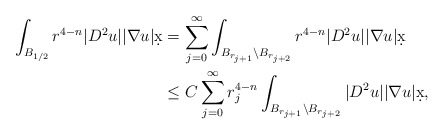
\begin{align*}\int_{B_{1/2}} r^{4-n} |D^2 u| |\nabla u| \d x &= \sum_{j = 0}^{\infty} \int_{B_{r_{j+1}} \setminus B_{r_{j+2}}} r^{4-n} |D^2 u| |\nabla u| \d x\\& \leq C \sum_{j = 0}^{\infty} r_j^{4-n} \int_{B_{r_{j+1}} \setminus B_{r_{j+2}}} |D^2 u| |\nabla u| \d x,\end{align*}